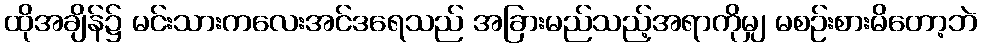
ထိုအချိန်၌ မင်းသားကလေးအင်ဒရေသည် အခြားမည်သည့်အရာကိုမျှ မစဉ်းစားမိတော့ဘဲ